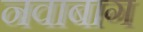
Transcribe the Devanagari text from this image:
नवाबाग